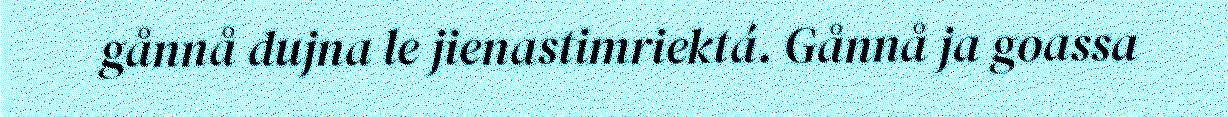
gånnå dujna le jienastimriektá. Gånnå ja goassa